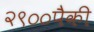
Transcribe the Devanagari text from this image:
२९००पैकी